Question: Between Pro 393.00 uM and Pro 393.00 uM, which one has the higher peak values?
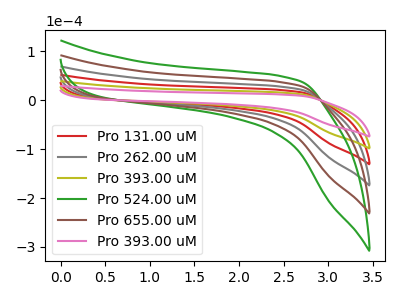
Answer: <think>The red curve "Pro 131.00 uM" has no peaks. The gray curve "Pro 262.00 uM" has no peaks. The olive curve "Pro 393.00 uM" has no peaks. The green curve "Pro 524.00 uM" has no peaks. The brown curve "Pro 655.00 uM" has no peaks. The pink curve "Pro 393.00 uM" has no peaks.</think>
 <answer>Niether CV has any peaks.</answer>
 <eval>blanks</eval>